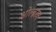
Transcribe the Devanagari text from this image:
ओल्ब्रख्त